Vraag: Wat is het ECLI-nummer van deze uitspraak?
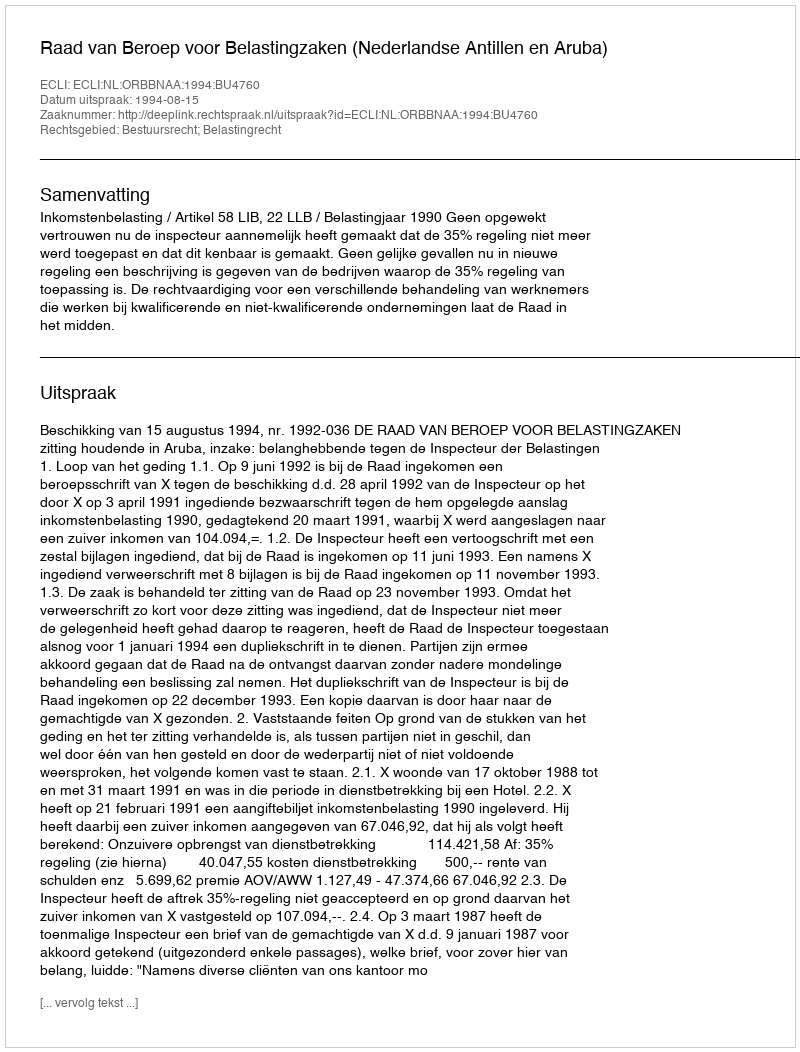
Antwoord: ECLI:NL:ORBBNAA:1994:BU4760